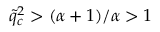
\tilde { q } _ { c } ^ { 2 } > ( \alpha + 1 ) / \alpha > 1